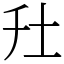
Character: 圱